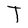
Character: T